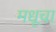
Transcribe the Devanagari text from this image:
मधूचा